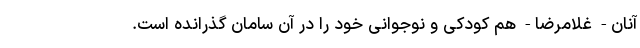
آنان- غلامرضا- هم کودکی و نوجوانی خود را در آن سامان گذرانده است.